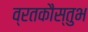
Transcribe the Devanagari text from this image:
व्रतकौस्तुभ